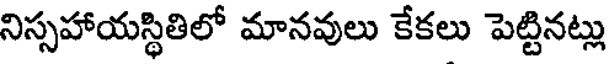
నిస్సహాయస్థితిలో మానవులు కేకలు పెట్టినట్లు